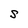
Character: S